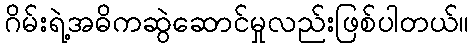
ဂိမ်းရဲ့အဓိကဆွဲဆောင်မှုလည်းဖြစ်ပါတယ်။